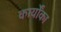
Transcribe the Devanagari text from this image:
कार्योंका